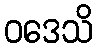
ဝဒေသိ